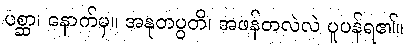
ပစ္ဆာ၊ နောက်မှ။ အနုတပ္ပတိ၊ အဖန်တလဲလဲ ပူပန်ရ၏။